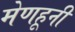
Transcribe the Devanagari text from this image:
मेणहूनी